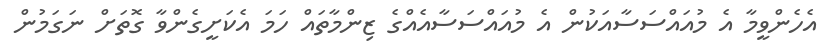
އެހެންވީމާ އެ މުއައްސަސާއަކުން އެ މުއައްސަސާއެއްގެ ޒިންމާތައް ހަމަ އެކަށީގެންވާ ގޮތަށް ނަގަމުން